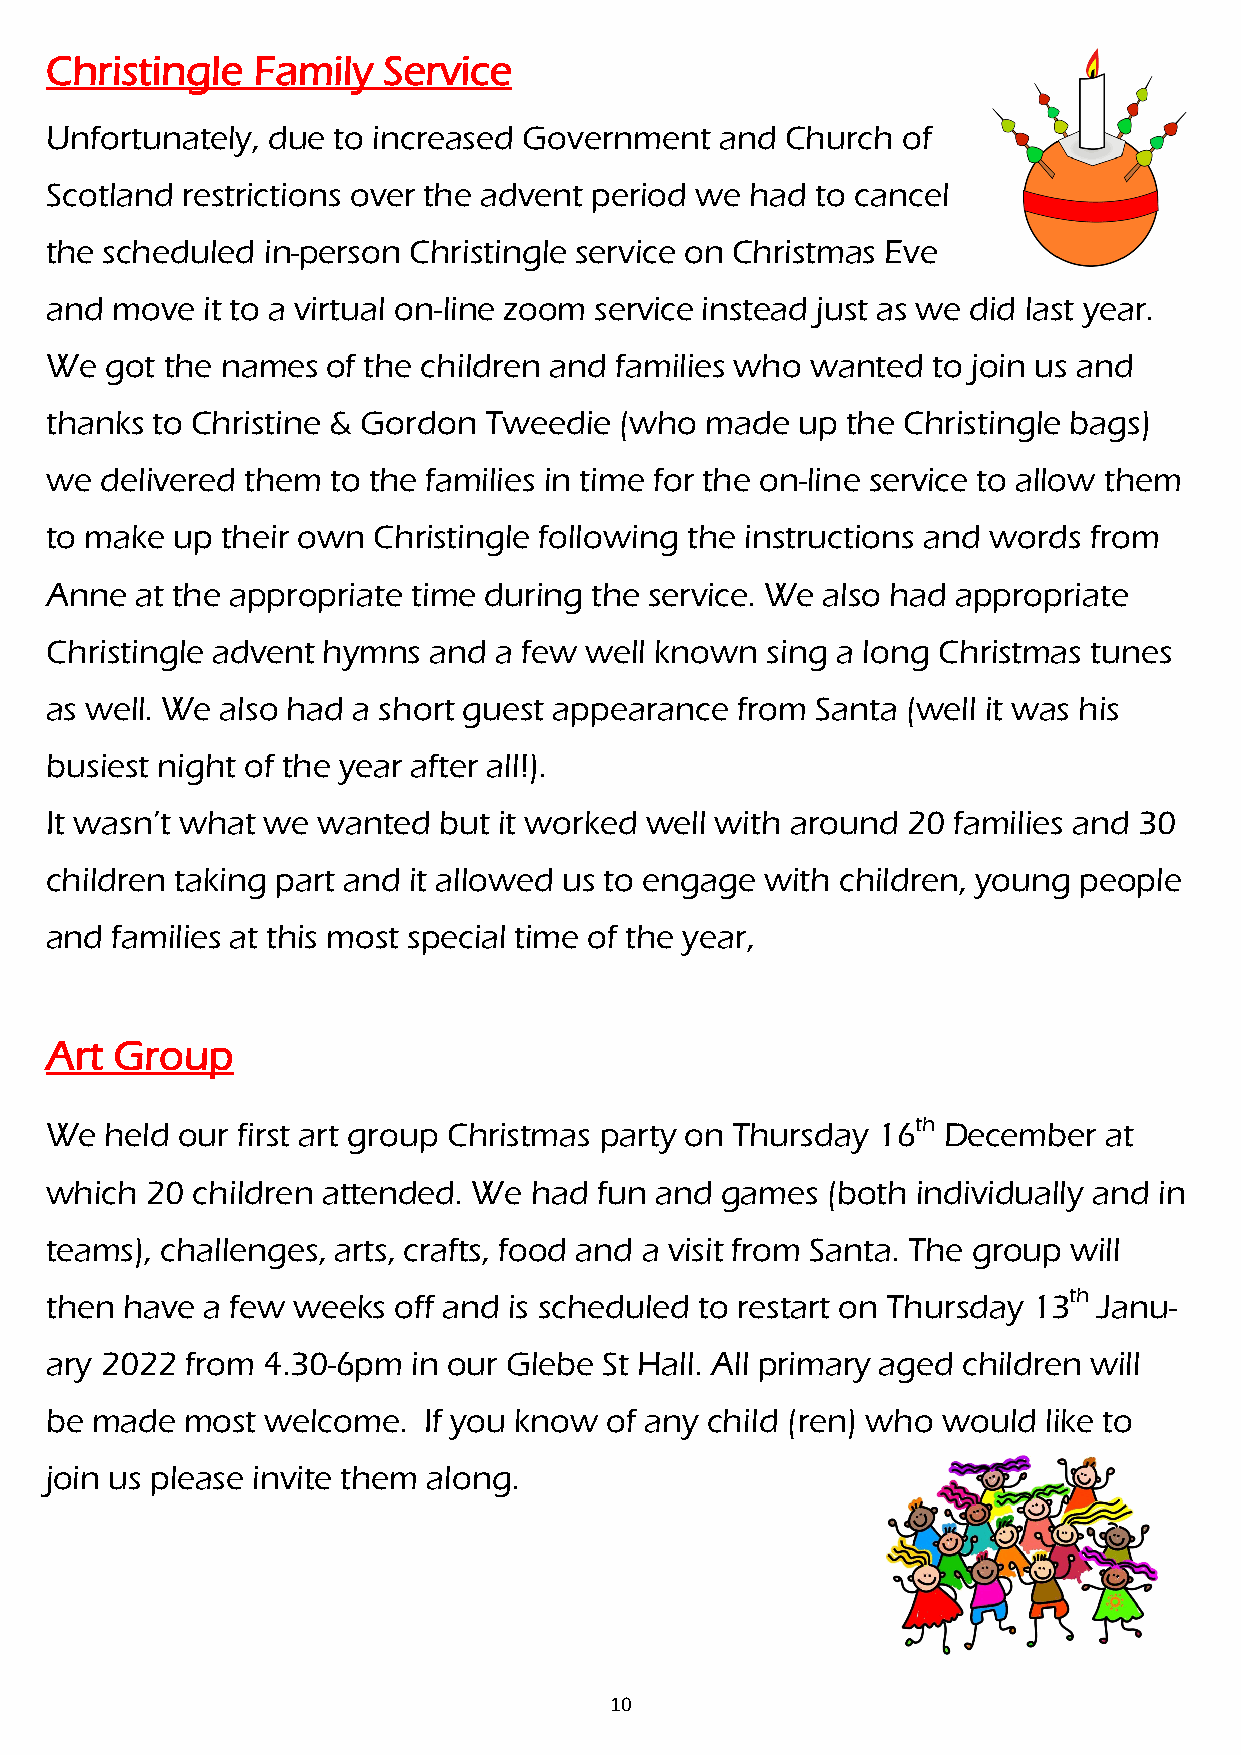
Christingle   Family  Service
 Unfortunately, due to increased Government   and Church  of
 Scotland restrictions over the advent period we had to cancel
 the scheduled in-person Christingle service on Christmas Eve
 and move  it to a virtual on-line zoom service instead just as we did last year.
 We  got the names  of the children and families who wanted to join us and
 thanks to Christine & Gordon Tweedie  (who  made  up the Christingle bags)
 we  delivered them to the families in time for the on-line service to allow them
 to make up  their own Christingle following the instructions and words from
 Anne  at the appropriate time during the service. We also had appropriate
 Christingle advent hymns and  a few well known  sing a long Christmas tunes
 as well. We also had a short guest appearance from Santa (well it was his
 busiest night of the year after all!).
 It wasn’t what we wanted  but it worked well with around 20 families and 30
 children taking part and it allowed us to engage with children, young people
 and families at this most special time of the year,
 Art  Group
 th
 We  held our first art group Christmas party on Thursday 16 December  at
 which  20 children attended. We had fun and  games  (both individually and in
 teams), challenges, arts, crafts, food and a visit from Santa. The group will
 th
 then have a few weeks  off and is scheduled to restart on Thursday 13 Janu-
 ary 2022 from 4.30-6pm  in our Glebe St Hall. All primary aged children will
 be made  most  welcome.  If you know of any child (ren) who would like to
 join us please invite them along.
 10